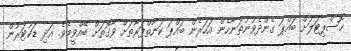
ހޮސްޕިޓަލަށް ބައްޕަ ގެންދެވުނުތަނާހެން އަހަރެން ބައްޕަ ކަނާތްފަރާތަށް ވާގޮތަށް ބޭއްވީމެވެ. އަދި ޑަކުޓަރުން